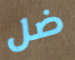
ضل